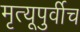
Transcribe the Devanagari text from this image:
मृत्यूपुर्वीच